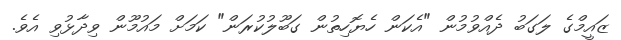
ޒައީމްގެ ލަގަބު ދެއްވުމުން "އެކަން ހެޔޮހިތުން ގަބޫލުކުރަން" ކަމަށް މައުމޫން ވިދާޅުވި އެވެ.